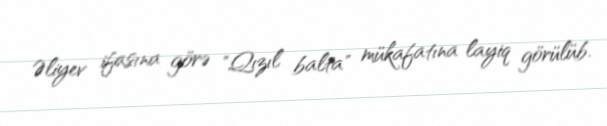
Əliyev ifasına görə "Qızıl balta" mükafatına layiq görülüb.